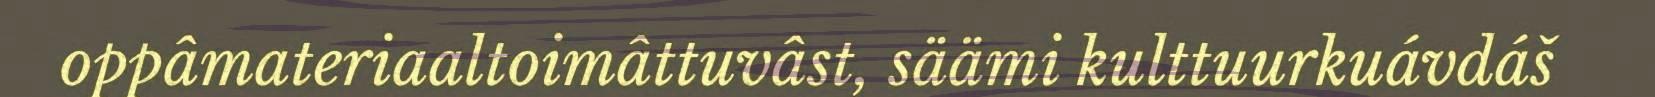
oppâmateriaaltoimâttuvâst, säämi kulttuurkuávdáš